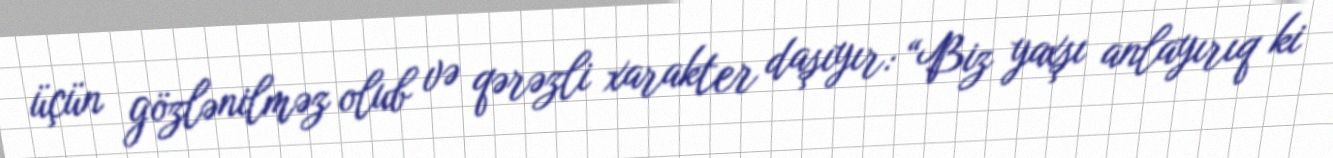
üçün gözlənilməz olub və qərəzli xarakter daşıyır: “Biz yaxşı anlayırıq ki